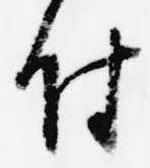
付